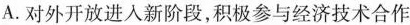
A.对外开放进入新阶段，积极参与经济技术合作